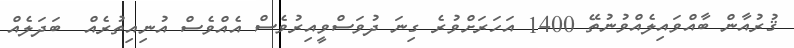
ޤުރުއާން ބާއްވައިލެއްވުނުތޭ 1400 އަހަރަށްވުރެ ގިނަ ދުވަސްވީއިރުވެސް އެއްވެސް އުނިއިތުރެއް  ބަދަލެއް